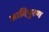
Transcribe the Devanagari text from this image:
आदिपुरण